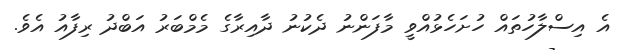
އެ އިސްލާހުތައް ހުށަހެޅުއްވީ މާފަންނު ދެކުނު ދާއިރާގެ މެމްބަރު އަބްދު ރިފާއު އެވެ.